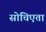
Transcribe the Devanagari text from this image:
सोचिएता